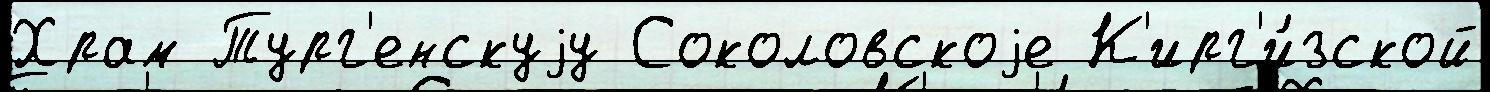
Храм Тург'енскуjу Соколовскоjе К'ирг'и́зской